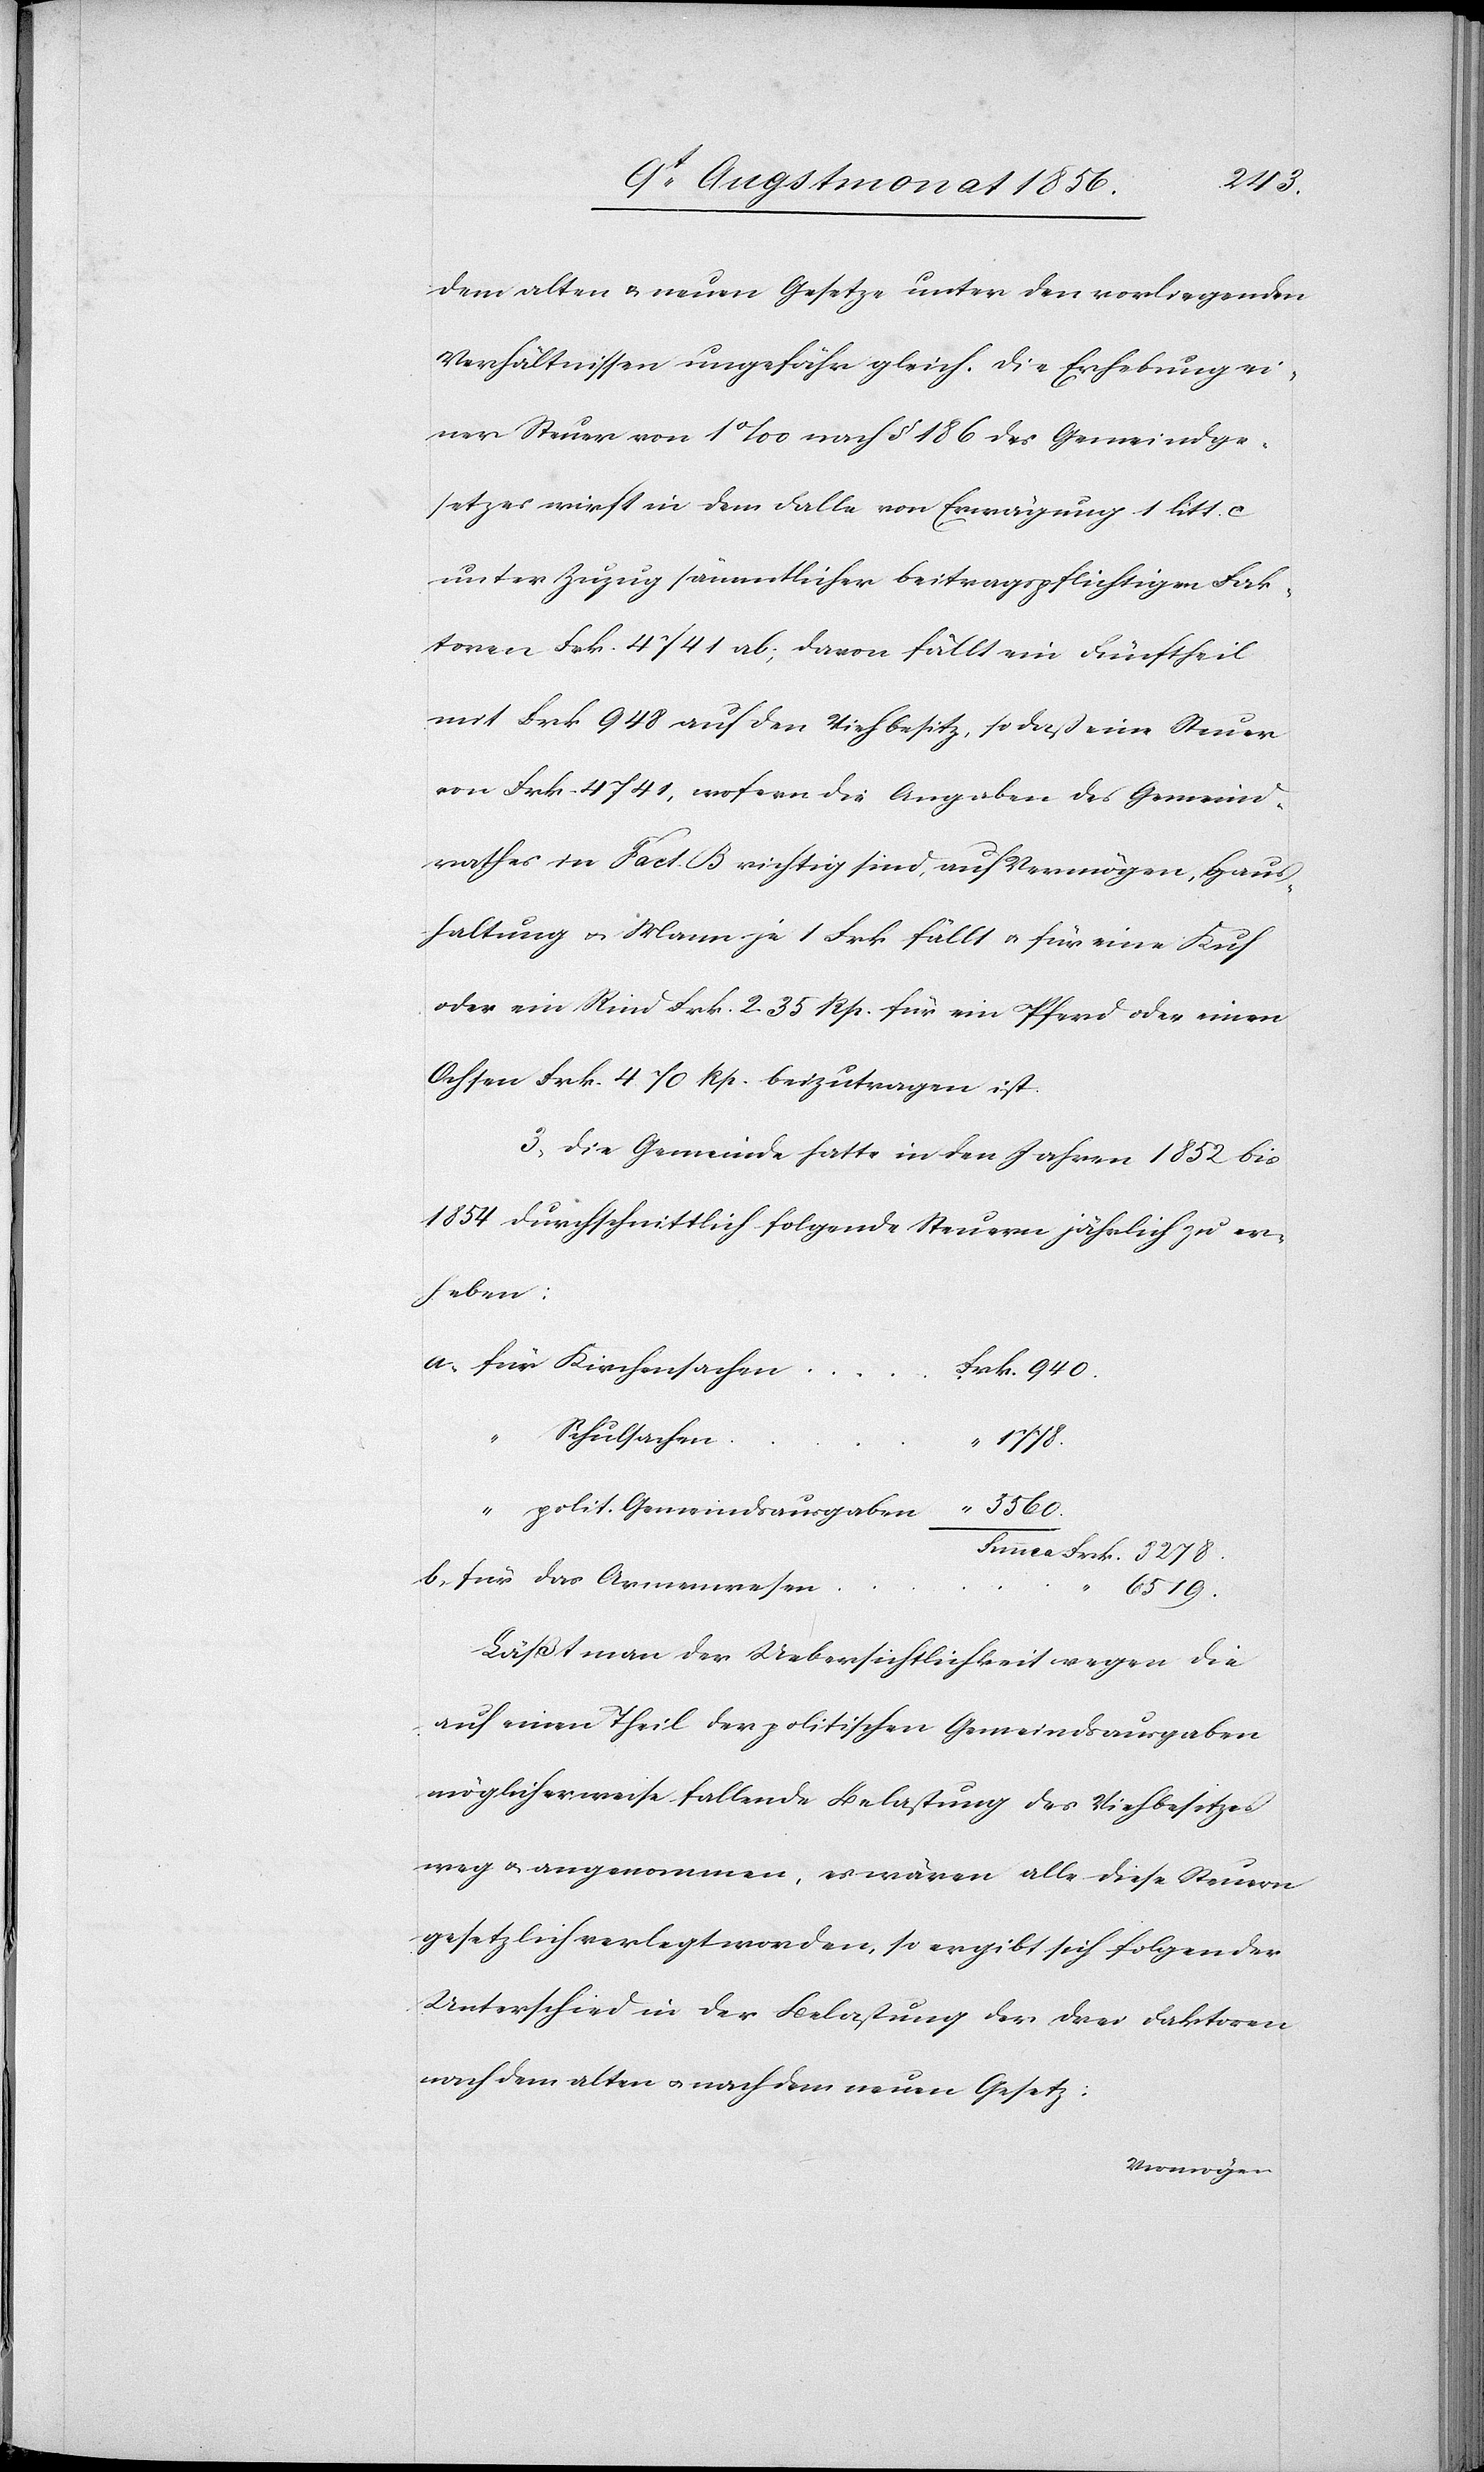
dem alten & neuen Gesetze unter den vorliegenden
Verhältnissen ungefähr gleich. Die Erhebung ei¬
ner Steuer von 1‰ nach § 186 des Gemeindge¬
setzes wirft in dem Falle von Erwägung 1 litt. c
unter Zuzug sämmtlicher beitragspflichtigen Fak¬
toren Frk. 4741 ab; davon fällt ein Fünftheil
mit Frk. 948 auf den Viehbesitz, so daß eine Steuer
von Frk. 4741, wofern die Angaben des Gemeind¬
rathes in Fact. B richtig sind, auf Vermögen, Haus¬
haltung u. Mann je 1 Frk. fällt u. für eine Kuh
oder ein Rind Frk. 2. 35 Rp. für ein Pferd oder einen
Ochsen Frk. 4. 70 Rp. beizutragen ist.
3.) Die Gemeinde hatte in den Jahren 1852 bis
1854 durchschnittlich folgende Steuern jährlich zu er¬
heben:
Schulsachen
8278.
polit. Gemeindsausgaben
6519.
Läßt man der Uebersichtlichkeit wegen die
auf einen Theil der politischen Gemeindsausgaben
möglicherweise fallende Belastung des Viehbesitzes
weg u. angenommen, es wären alle diese Steuern
gesetzlich verlegt worden, so ergibt sich folgender
Unterschied in der Belastung der drei Faktoren
nach dem alten u. nach dem neuen Gesetz: